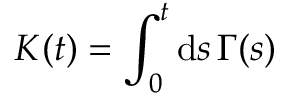
K ( t ) = \int _ { 0 } ^ { t } \mathrm { d } s \, \Gamma ( s )